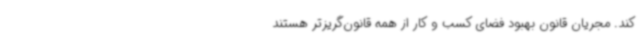
کند. مجریان قانون بهبود فضای کسب و کار از همه قانون‌گریزتر هستند